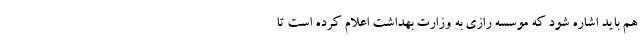
هم باید اشاره شود که موسسه رازی به وزارت بهداشت اعلام کرده است تا